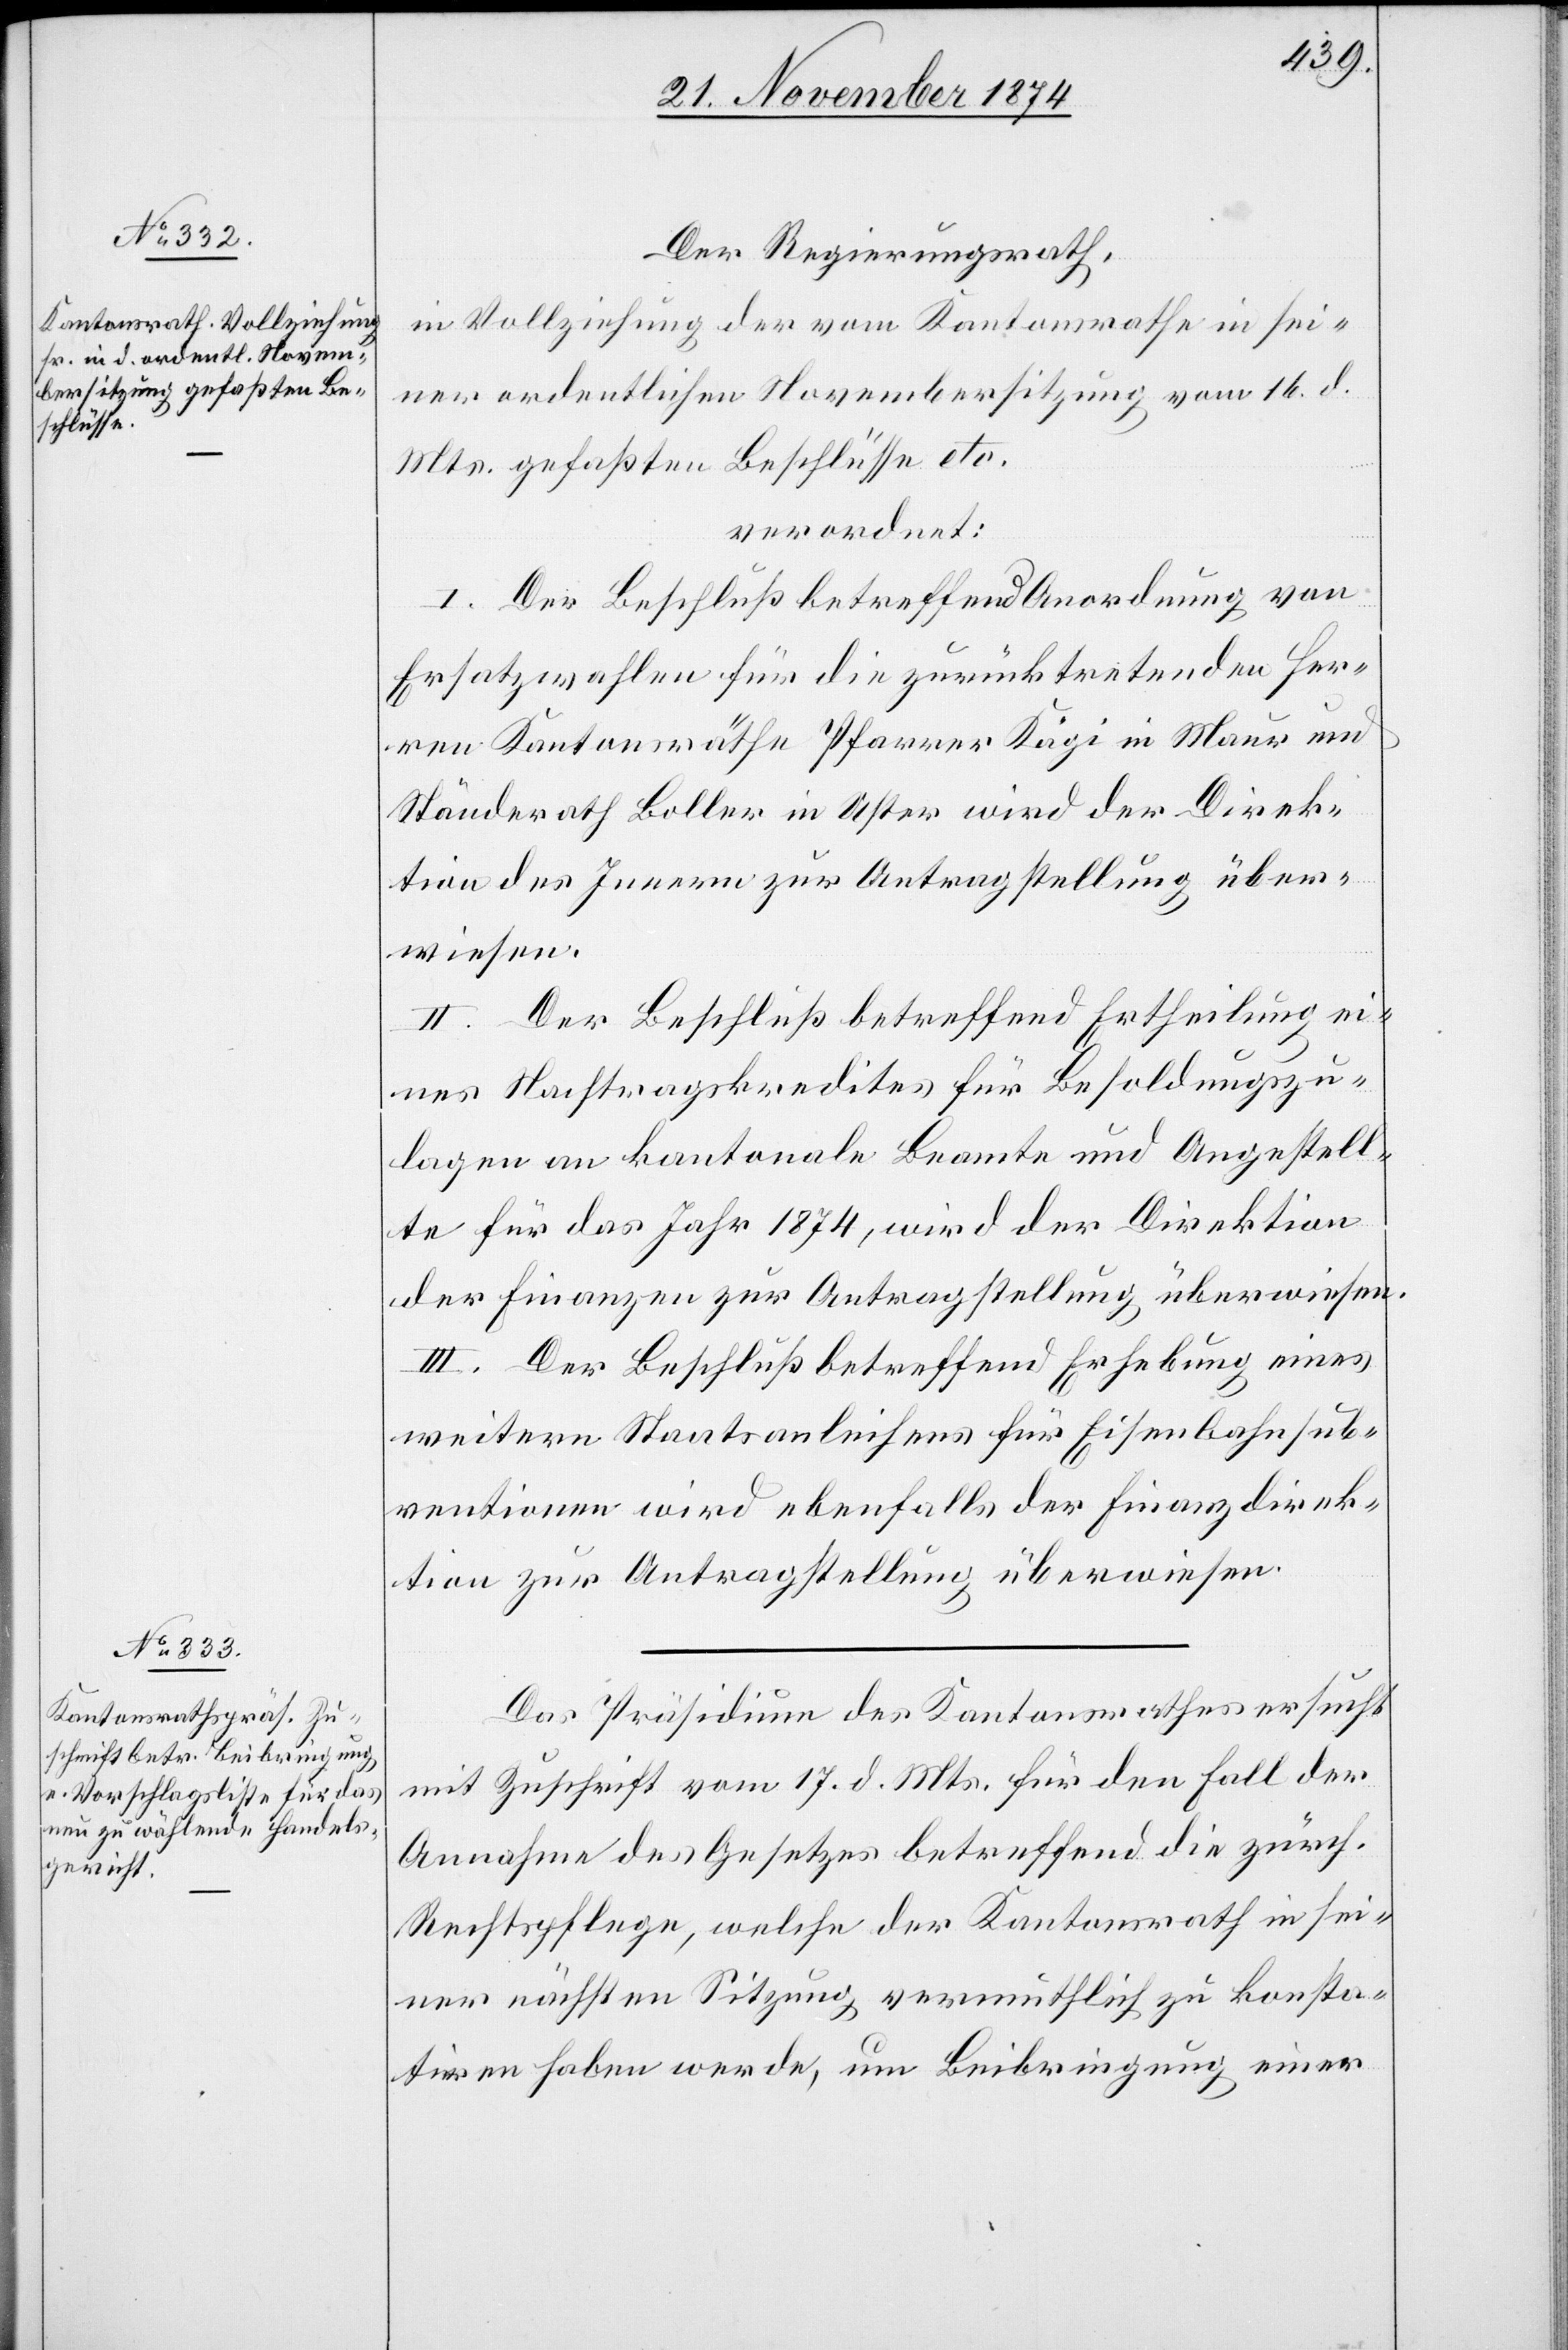
Der Regierungsrath,
in Vollziehung der vom Kantonsrathe in sei¬
ner ordentlichen Novembersitzung vom 16. d.
Mts. gefaßten Beschlüsse etc.
verordnet:
I. Der Beschluß betreffend Anordnung von
Ersatzwahlen für die zurücktretenden Her¬
ren Kantonsräthe Pfarrer Kägi in Maur und
Ständerath Boller in Uster wird der Direk¬
tion des Innern zur Antragstellung über¬
wiesen.
II. Der Beschluß betreffend Ertheilung ei¬
nes Nachtragskredites für Besoldungszu¬
lagen an kantonale Beamte und Angestell¬
te für das Jahr 1874, wird der Direktion
der Finanzen zur Antragstellung überwiesen.
III. Der Beschluß betreffend Erhebung eines
weitern Staatsanleihens für Eisenbahnsub¬
ventionen wird ebenfalls der Finanzdirek¬
tion zur Antragstellung überwiesen.
Das Präsidium des Kantonsrathes ersucht
mit Zuschrift vom 17. d. Mts. für den Fall der
Annahme des Gesetzes betreffend die zürch.
Rechtspflege, welche der Kantonsrath in sei¬
ner nächsten Sitzung vermuthlich zu konsta¬
tiren haben werde, um Beibringung einer